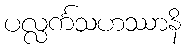
ပလ္လင်္ကသဟဿာနိ